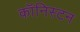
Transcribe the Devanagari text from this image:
कॉनिस्टन